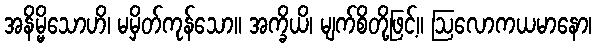
အနိမ္မိသောဟိ၊ မမှိတ်ကုန်သော။ အက္ခိယိ၊ မျက်စိတို့ဖြင့်။ ဩလောကယမာနော၊